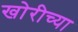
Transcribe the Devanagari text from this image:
खोरीच्या